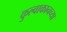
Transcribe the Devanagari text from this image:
कुल्वाकानच्या